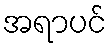
အရာပင်